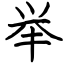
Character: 举